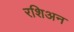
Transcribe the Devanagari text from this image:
रशिअन